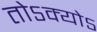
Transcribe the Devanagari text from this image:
तोऽक्योऽ